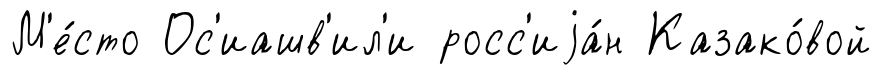
М'е́сто Ос'иашв'ил'и росс'иjа́н Казако́вой